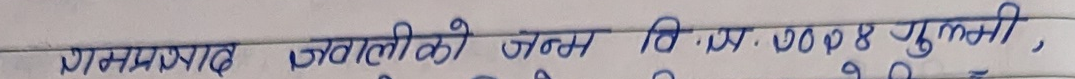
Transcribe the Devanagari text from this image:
रामप्रसाद जवालीको जन्म वि.स. २०७४ गुल्मी,